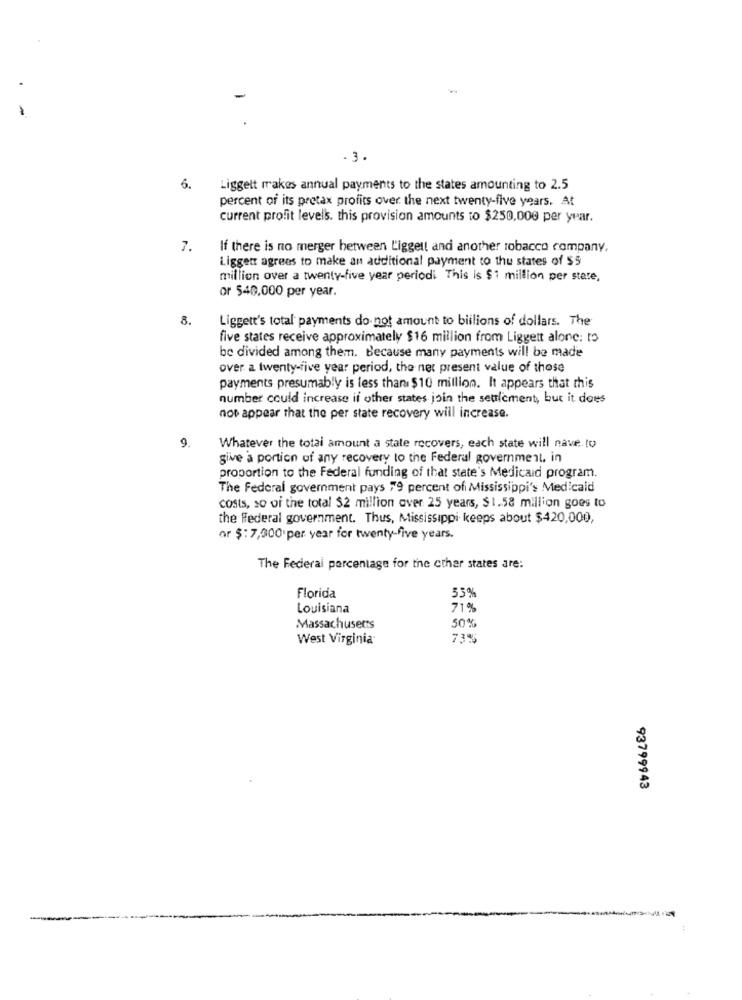
- 3.
6.
Liggett makes annual payments to the states amounting to 2.5
percent of its pretax profits over the next twenty-five years. At
current profit levels. this provision amounts to $250,000 per year.
7.
If there is no merger between Ligget! and another tobacco company.
Ligget agrees to make an additional payment to the states of $5
million over a twenty-five year periodi This is $1 million per stare.
or $40,000 per year.
8.
Liggett's total payments do not amount to billions of dollars. The
five states receive approximately $16 million from Liggett alone: 15
be divided among them. Because many payments will be made
over a twenty-five year period, the net present value of those
payments presumably is less than $10 million. It appears that this
number could increase if other states join the seulement, but it does
not appear that the per state recovery will increase.
9.
Whatever the total amount a state recovers, each state will nave. to
give a portion of any recovery to the Federal government, in
proportion to the Federal funding of that state's Medicaid program.
The Federal government pays 79 percent of Mississippi's Medicald
costs, so vi the total $2 million over 25 years, $1.58 million goes to
the federal government. Thus, Mississippi keeps about $420,000,
or $: 7,000 per year for twenty-five years.
The Federal percentage for the other states are:
Florida
53%
Louisiana
71%
Massachusetts
50%
West Virginia
73%
93799943